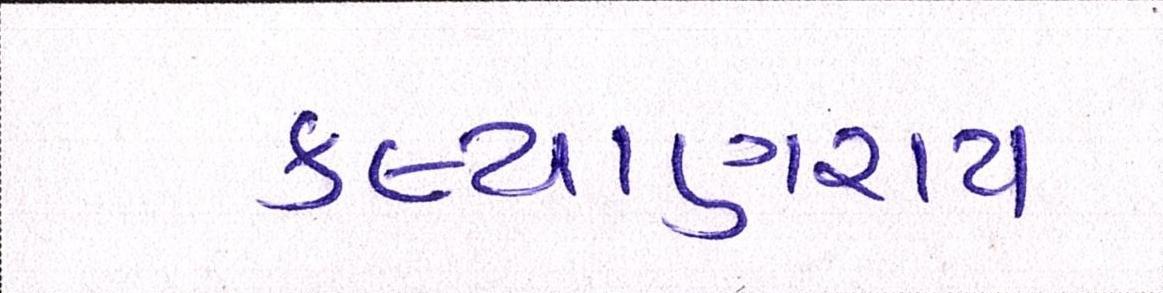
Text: કલ્યાણરાય